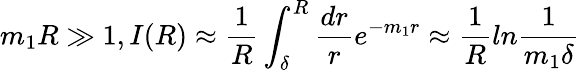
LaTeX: m_{1}R\gg 1,I(R)\approx\frac{1}{R}\int_{\delta}^{R}\frac{dr}{r}e^{-m_{1}r}\approx\frac{1}{R}ln\frac{1}{m_{1}\delta}